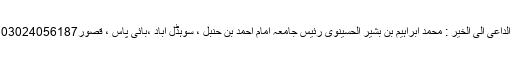
الداعی الی الخیر : محمد ابراہیم بن بشیر الحسینوی رئیس جامعہ امام احمد بن حنبل ، سوہڈل آباد ،بائی پاس ، قصور03024056187